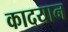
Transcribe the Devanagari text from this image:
कादयान